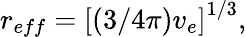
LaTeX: r_{eff}=\left[(3/4\pi)v_{e}\right]^{1/3},